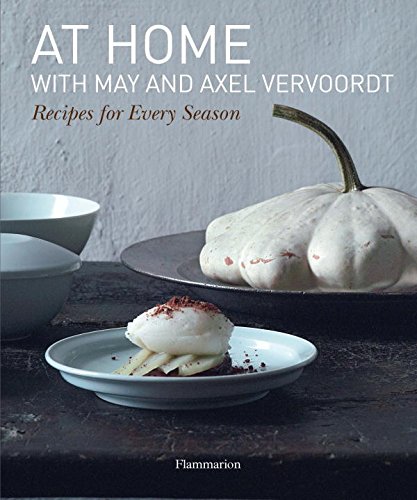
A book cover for At Home with May and Axel Vervoordt: Recipes for Every Season; May Vervoordt; Cookbooks, Food & Wine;